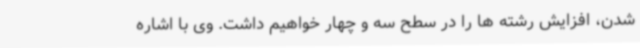
شدن، افزایش رشته ها را در سطح سه و چهار خواهیم داشت. وی با اشاره